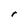
Character: r